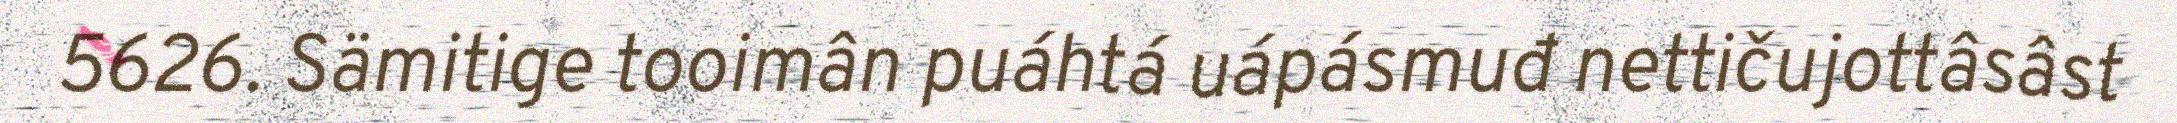
5626. Sämitige tooimân puáhtá uápásmuđ nettičujottâsâst